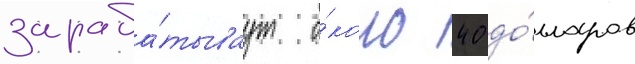
зараба́тываут о́коло 40 до́лларов